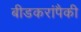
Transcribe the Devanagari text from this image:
बीडकरांपैकी